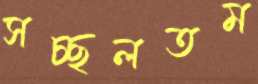
সচ্ছলতম